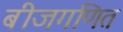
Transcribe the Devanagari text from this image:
बीजगणित